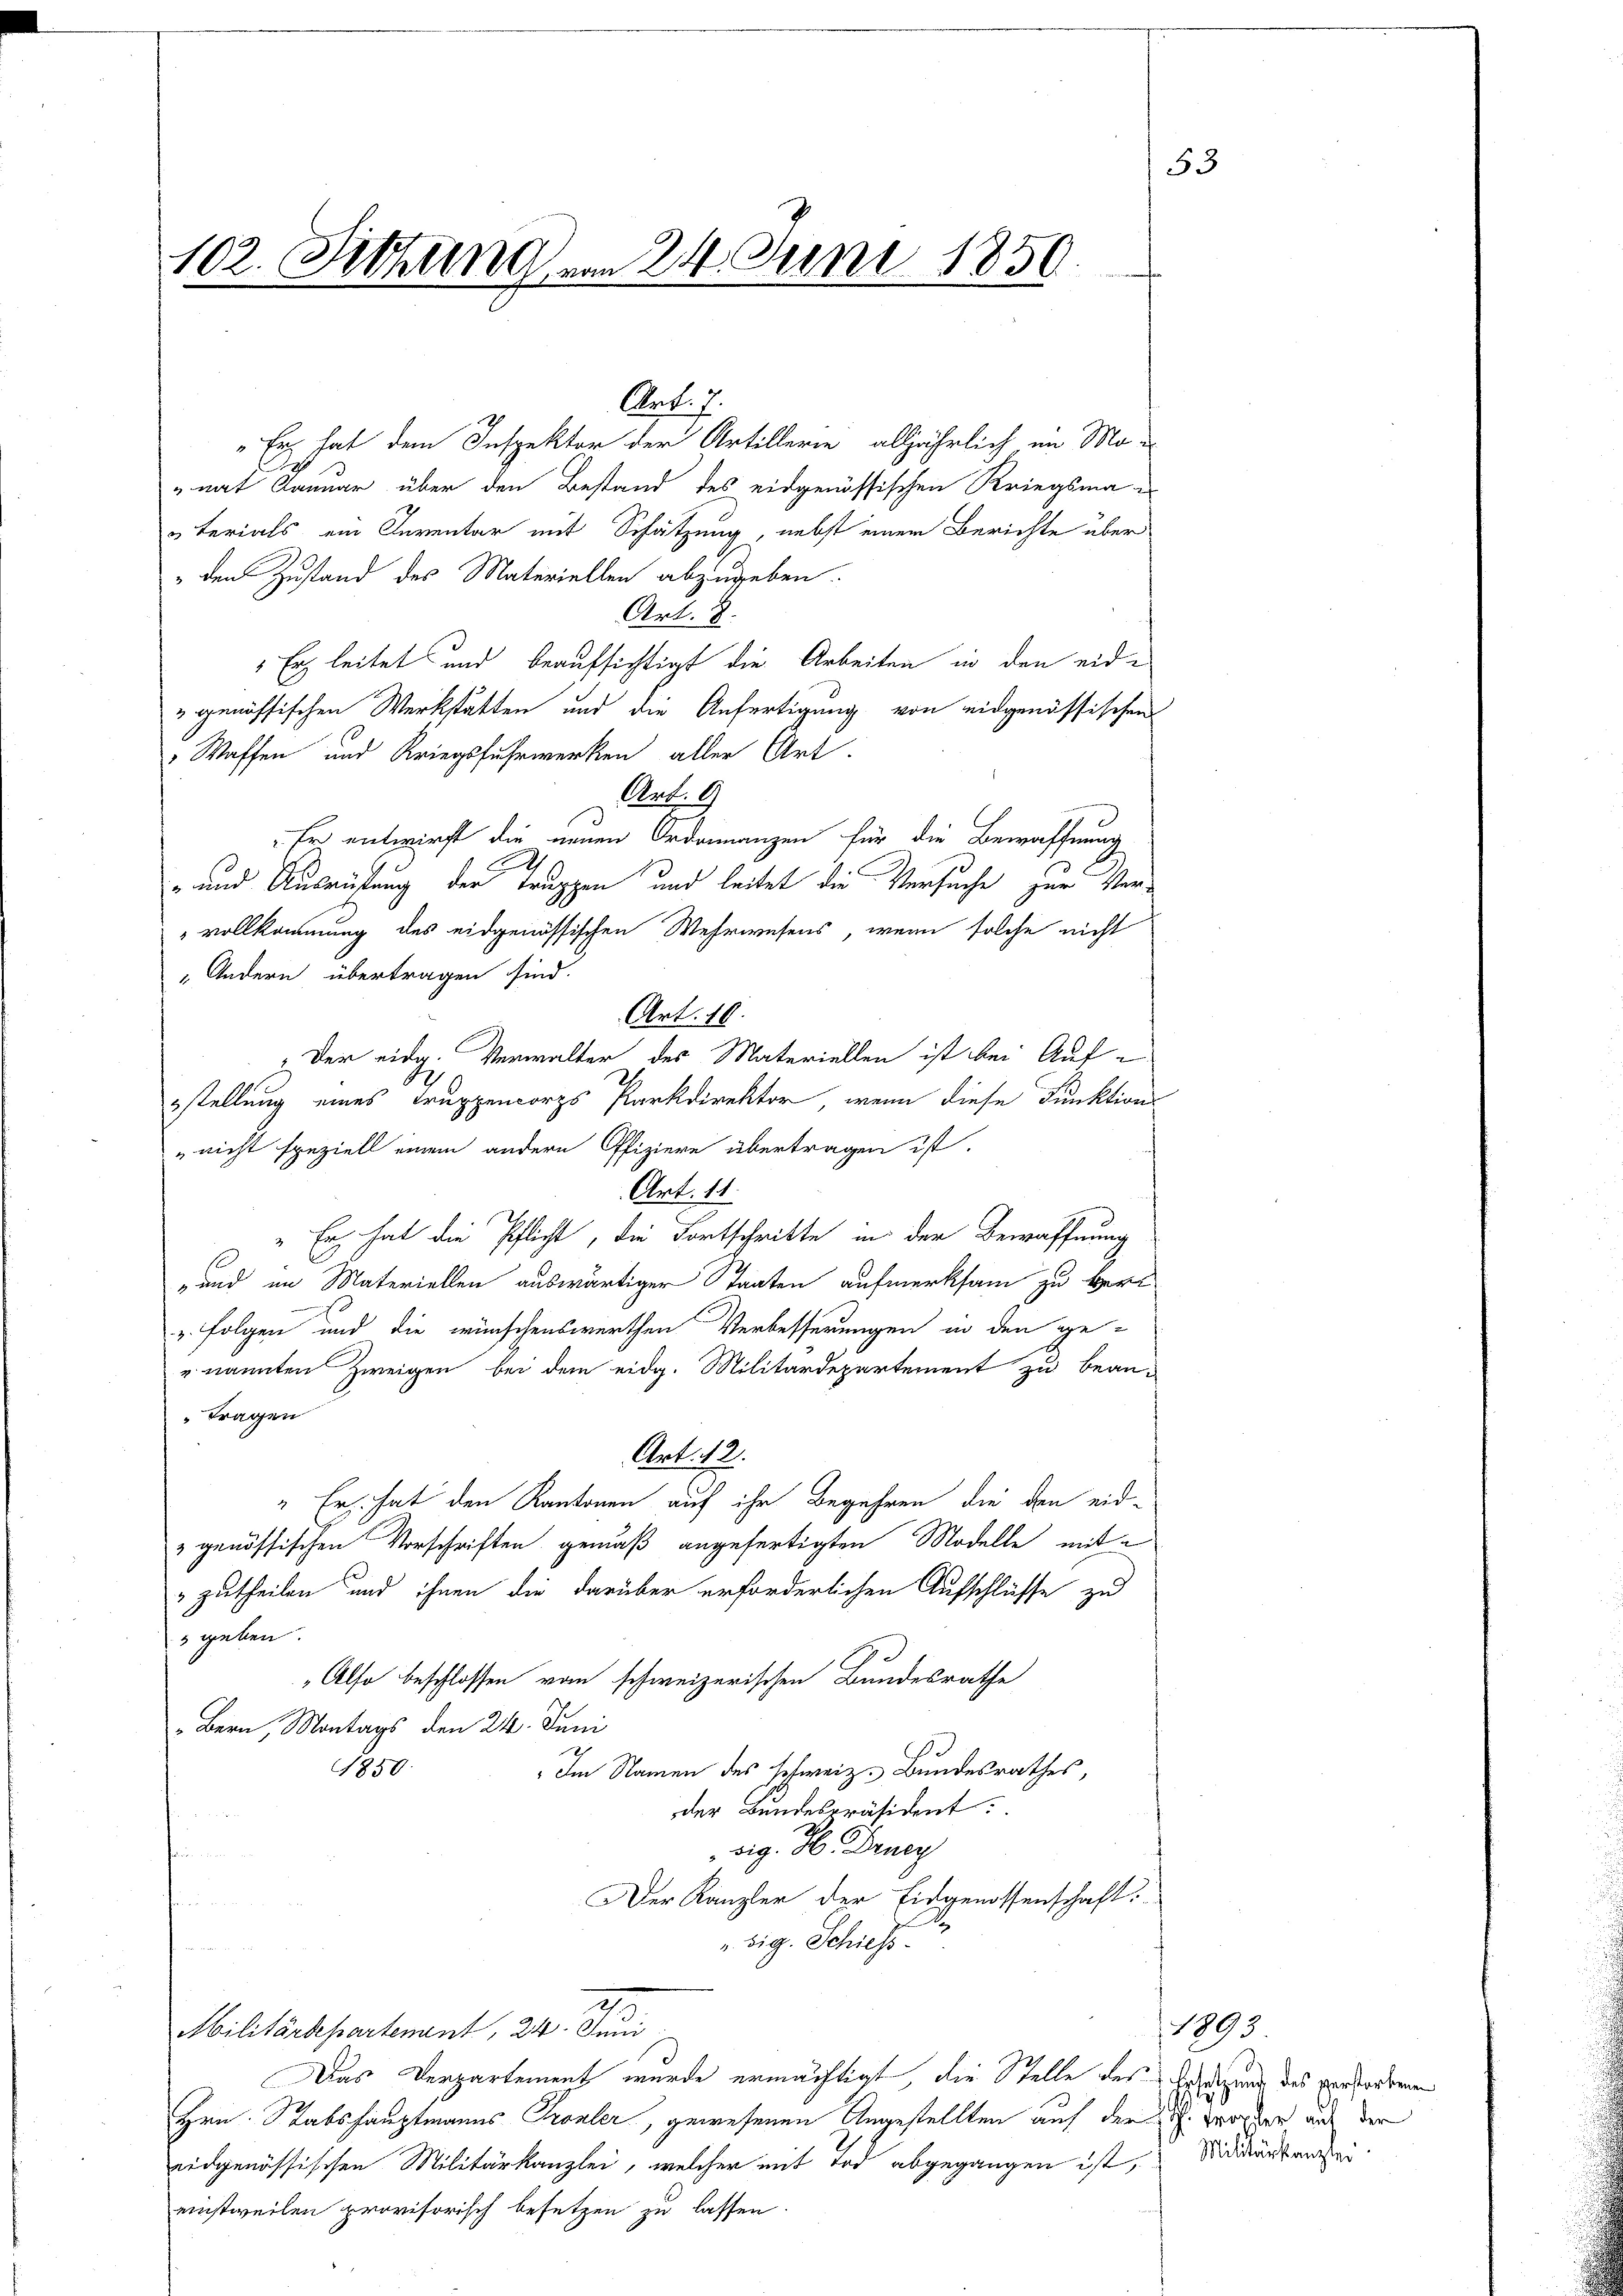
102. Setzung am 24. Juni 1859.

„mit Januar über den Bestand des eidgenössischen Kriegsma-
uterials ein Inventar mit Schätzung, nebst einem Berichte über
" den Zustand des Materiellen abzugeben.
Art. 8.
Erz leitet und beaufsichtigt die Arbeiten in den eid-
v genössischen Werkstätten und die Anfertigung von eidgenössischen
 Waffen und Kriegsfuhrwerken aller Art.
Art. 6
Er entwirft die neuen Ordonanzen für die Bewaffnung
- und Ausrichtung der Truppen und leitet die Versuche zur Ver¬
„vollkommung des eidgenössischen Wehrwesens, wenn solche nicht
„Andern übertragen sind.
Art. 10.
" Der eidg. Verwalter des Materiellen ist bei Auf-
2
estellung eines Truppencorps Parkdirektor, wenn diese Funktions
" nicht speziell einem andere Offiziere übertragen ist.
Art. 11.
 Er hat die Pflicht, die Fortschritte in der Bewaffnung
und im Materiellen auswärtiger Staaten aufmerksam zu beri
u Folgen und die wünschenswerthen Verbesserungen in den ge-
" nannten Zweigen bei dem eidg. Militärdepartement zu bean-
Fragen
Art. 12.
" Er hat den Kantonen auf ihr Begehren die den eid¬
& genössischen Vorschriften gemäß angefertigten Modelle mit e
zutheilen und ihnen die darüber erforderlichen Aufschlüsse zu
s geben.
"Also beschlossen von schweizerischen Bundesrathe
" Bern, Montags den 24. Juni
1850.
Im Namen des schweiz. Bundesrathes,
der Bundespräsident.
sig. H. Druc
Der Kanzler der Eidgenossenschaft.
.
sig. Schiess

Art. 7.
"Er hat dem Inspektor der Artillerie alljährlich in Mo-

u

Militärdepartement, 24. Juni
Das Verpartement wurde ermächtigt, die Stelle des Besorgung des verstorbenen
Hrn. Stabshauptmanns Fronler, gewesenen Angestellten auf der Ah. Großer auf der
eidgenössischen Militärkanzlei, welcher mit Tod abgegangen ist, Nididertende
einstweilen provisorisch besetzen zu lassen.

53

1893